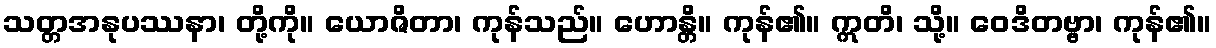
သတ္တအနုပဿနာ၊ တို့ကို။ ယောဇိတာ၊ ကုန်သည်။ ဟောန္တိ။ ကုန်၏။ ဣတိ၊ သို့။ ဝေဒိတဗ္ဗာ၊ ကုန်၏။